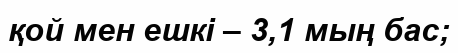
қой мен ешкі – 3,1 мың бас;